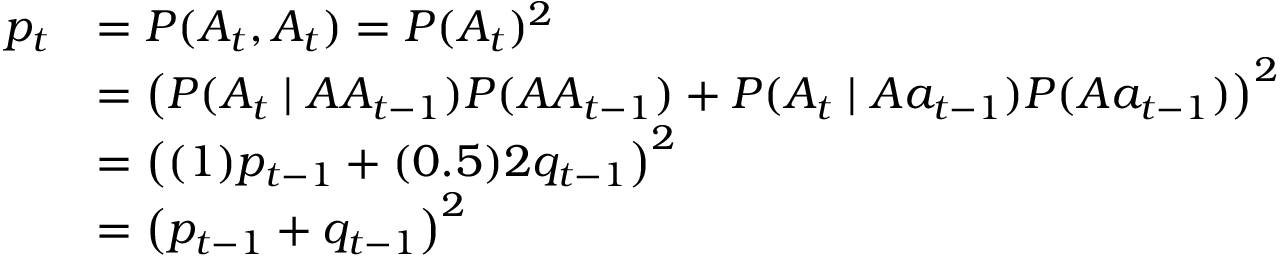
{ \begin{array} { r l } { p _ { t } } & { = P ( A _ { t } , A _ { t } ) = P ( A _ { t } ) ^ { 2 } } \\ & { = \left( P ( A _ { t } \mid A A _ { t - 1 } ) P ( A A _ { t - 1 } ) + P ( A _ { t } \mid A a _ { t - 1 } ) P ( A a _ { t - 1 } ) \right) ^ { 2 } } \\ & { = \left( ( 1 ) p _ { t - 1 } + ( 0 . 5 ) 2 q _ { t - 1 } \right) ^ { 2 } } \\ & { = \left( p _ { t - 1 } + q _ { t - 1 } \right) ^ { 2 } } \end{array} }